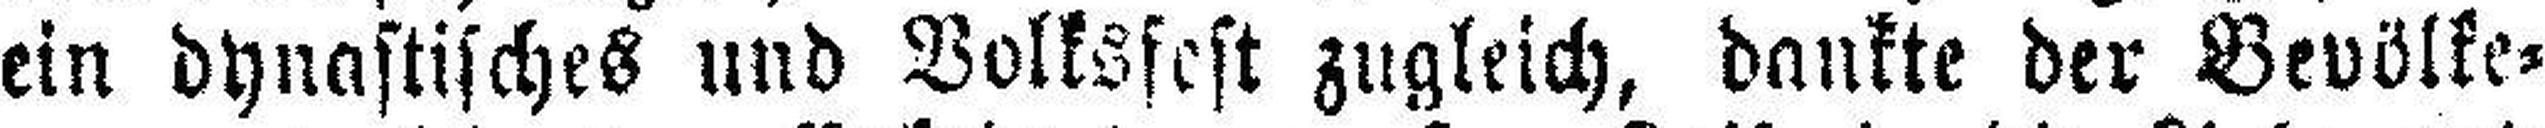
ein dynastisches und Volksfest zugleich, dankte der Bevölke¬